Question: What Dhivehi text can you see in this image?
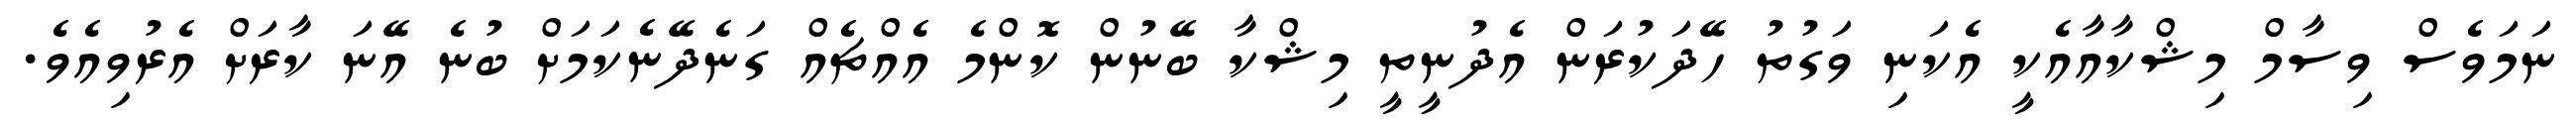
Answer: ނަމަވެސް ވިސާމް މިޝްކާއާއެކީ އެކަނި ވަގުތު ހޭދަކުރަން އެދުނީތީ މިޝްކާ ބޭނުން ކޮންމެ އެއްޗެއް ގަނެދޭނެކަމަށް ބުނެ އޭނަ ކާރަށް އެރުވިއެވެ.